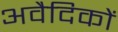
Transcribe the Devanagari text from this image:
अवैदिकों